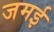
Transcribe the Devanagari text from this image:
जमई